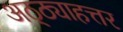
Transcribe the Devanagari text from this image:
अठ्ठ्याहत्तर